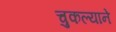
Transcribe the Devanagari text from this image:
चुकल्याने